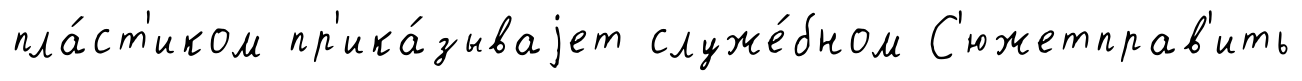
пла́ст'иком пр'ика́зываjет служе́бном С'южетправ'ить